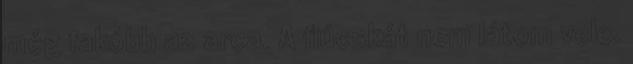
még fakóbb az arca. A fiúcskát nem látom vele.